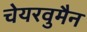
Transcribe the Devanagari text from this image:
चेयरवुमैन